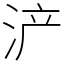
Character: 浐